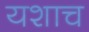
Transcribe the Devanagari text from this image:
यशाच